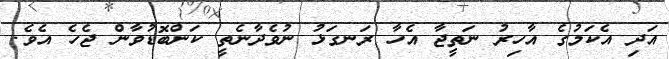
އަދި އެކަމުގެ އާހިރު ނަތީޖާ އެހާ ރަނގަޅު ނުވެދާނެތީ ކަންބޮޑުވާން ޖެހެ އެވެ.